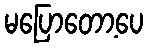
မပြောတော့ပေ